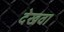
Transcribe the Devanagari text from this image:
देखवा